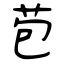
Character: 苞